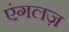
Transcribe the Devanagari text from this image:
एंगलज़